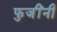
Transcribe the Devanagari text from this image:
फुजींनी